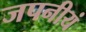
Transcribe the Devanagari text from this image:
जपनीयं